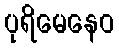
ပုရိမေနေဝ